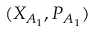
( { { X } _ { A _ { 1 } } } , { { P } _ { A _ { 1 } } } )